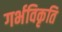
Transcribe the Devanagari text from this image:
गर्भविकृति